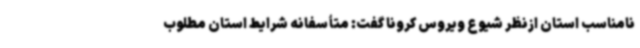
نامناسب استان ازنظر شیوع ویروس کرونا گفت: متأسفانه شرایط استان مطلوب